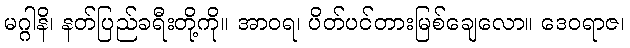
မဂ္ဂါနိ၊ နတ်ပြည်ခရီးတို့ကို။ အာဝရ၊ ပိတ်ပင်တားမြစ်ချေလော။ ဒေဝရာဇ၊